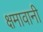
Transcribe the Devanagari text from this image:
क्षमावानी